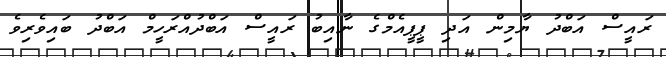
ރައީސް އަބްދު ޔާމިން އަދި ޕީޕީއެމްގެ ނާއިބު ރައީސް އަބްދުއްރަހީމް އަބްދު ބައިވެރިވެ